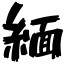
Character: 緬